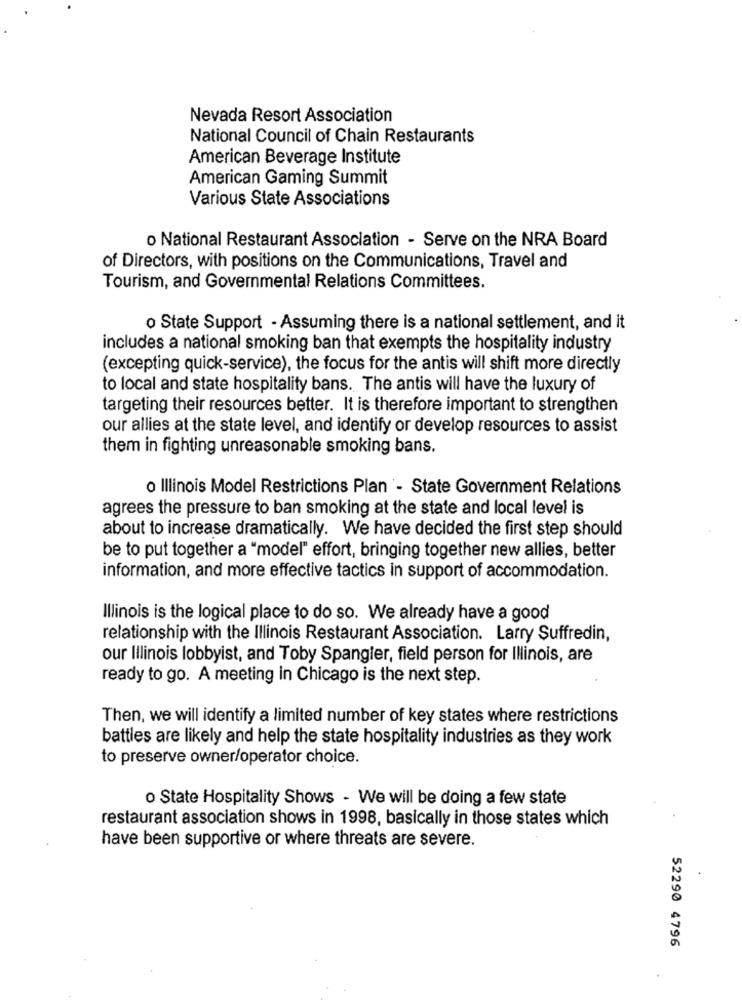
Nevada Resort Association
National Council of Chain Restaurants
American Beverage Institute
American Gaming Summit
Various State Associations
o National Restaurant Association - Serve on the NRA Board
of Directors, with positions on the Communications, Travel and
Tourism, and Governmental Relations Committees.
o State Support - Assuming there is a national settlement, and it
includes a national smoking ban that exempts the hospitality industry
(excepting quick-service), the focus for the antis will shift more directly
to local and state hospitality bans. The antis will have the luxury of
targeting their resources better. It is therefore important to strengthen
our allies at the state level, and identify or develop resources to assist
them in fighting unreasonable smoking bans.
o Illinois Model Restrictions Plan - State Government Relations
agrees the pressure to ban smoking at the state and local level is
about to increase dramatically. We have decided the first step should
be to put together a "model" effort, bringing together new allies, better
information, and more effective tactics in support of accommodation.
Illinois is the logical place to do so. We already have a good
relationship with the Illinois Restaurant Association. Larry Suffredin,
our Illinois lobbyist, and Toby Spangler, field person for Illinois, are
ready to go. A meeting in Chicago is the next step.
Then, we will identify a limited number of key states where restrictions
battles are likely and help the state hospitality industries as they work
to preserve owner/operator choice.
o State Hospitality Shows - We will be doing a few state
restaurant association shows in 1998, basically in those states which
have been supportive or where threats are severe.
52290 4796